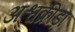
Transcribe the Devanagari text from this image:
अश्वक्रीड़ा